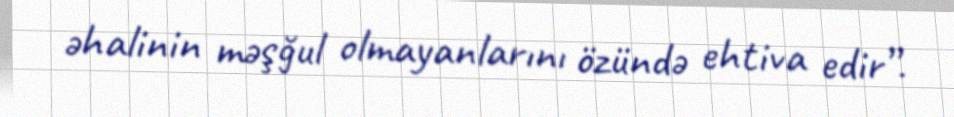
əhalinin məşğul olmayanlarını özündə ehtiva edir”.